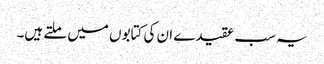
یہ سب عقیدے ان کی کتابوں میں ملتے ہیں۔